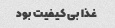
غذا بی کیفیت بود